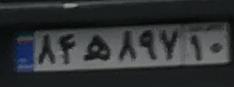
۸۴ه۸۹۷۱۰